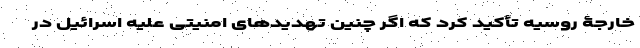
خارجۀ روسیه تأکید کرد که اگر چنین تهدیدهای امنیتی علیه اسرائیل در